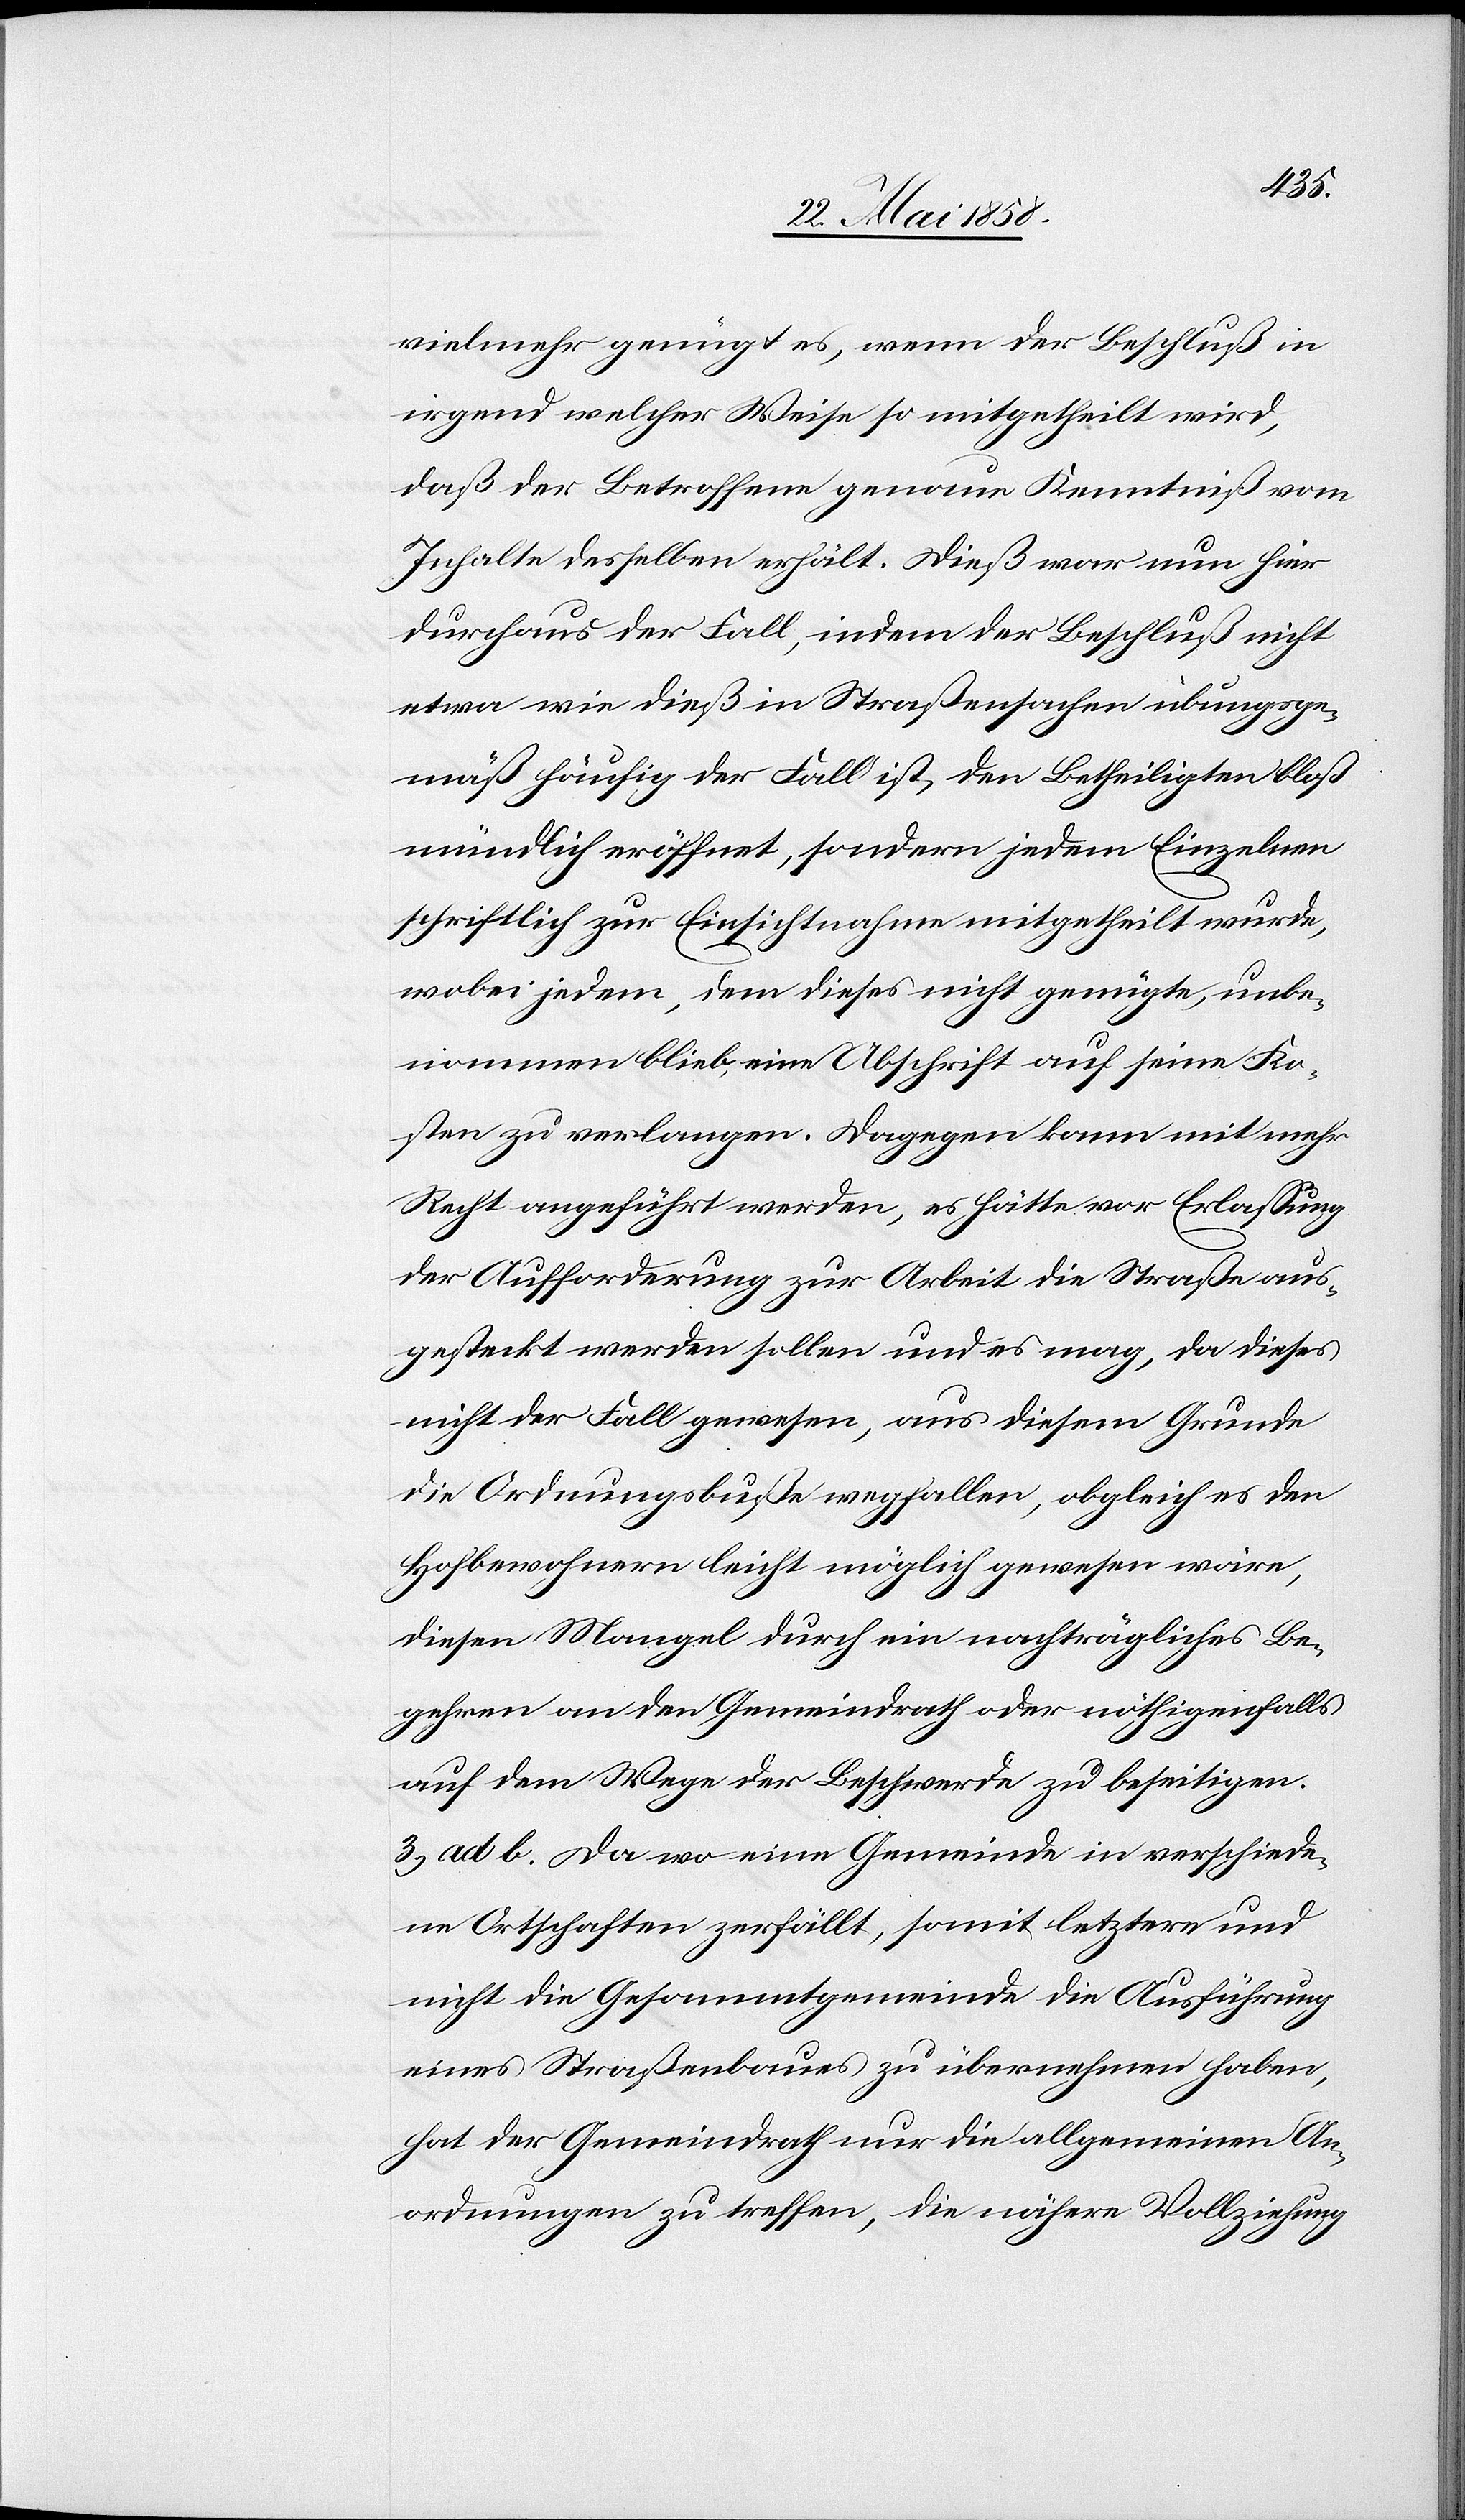
vielmehr genügt es, wenn der Beschluß in
irgend welcher Weise so mitgetheilt wird,
daß der Betroffene genaue Kenntniß vom
Inhalte desselben erhält. Dieß war nun hier
durchaus der Fall, indem der Beschluß nicht
etwa wie dieß in Straßensachen übungsge¬
mäß häufig der Fall ist, den Betheiligten bloß
mündlich eröffnet, sondern jedem Einzelnen
schriftlich zur Einsichtnahme mitgetheilt wurde,
wobei jedem, dem dieses nicht genügte, unbe¬
nommen blieb, eine Abschrift auf seine Ko¬
sten zu verlangen. Dagegen kann mit mehr
Recht angeführt werden, es hätte vor Erlassung
der Aufforderung zur Arbeit die Straße aus¬
gesteckt werden sollen und es mag, da dieses
nicht der Fall gewesen, aus diesem Grunde
in Ordnungsbuße wegfallen, obgleich es den
Hofbewohnern leicht möglich gewesen wäre,
diesen Mangel durch ein nachträgliches Be¬
gehren an den Gemeindrath oder nöthigenfalls
auf dem Wege der Beschwerde zu beseitigen.
3. ad b. Da wo eine Gemeinde in verschiede¬
ne Ortschaften zerfällt, somit letztere und
nicht die Gesammtgemeinde die Ausführung
eines Straßenbaues zu übernehmen haben,
hat der Gemeindrath nur die allgemeinen An¬
ordnungen zu treffen, die nähere Vollziehung